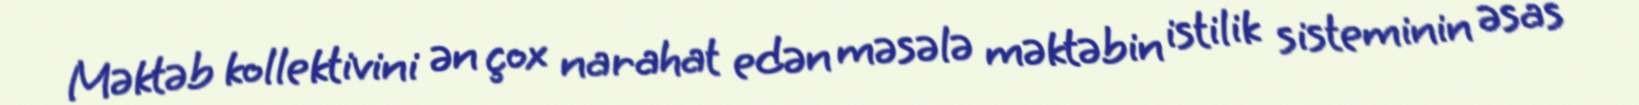
Məktəb kollektivini ən çox narahat edən məsələ məktəbin istilik sisteminin əsas